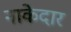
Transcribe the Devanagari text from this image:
नाकेदार